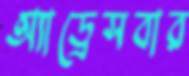
অ্যাড্রেসবার